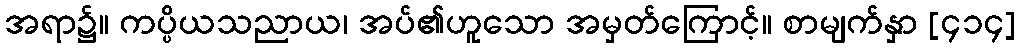
အရာ၌။ ကပ္ပိယသညာယ၊ အပ်၏ဟူသော အမှတ်ကြောင့်။ စာမျက်နှာ [၄၁၄]